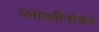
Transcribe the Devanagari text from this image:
प्लाज्मीनोजेन